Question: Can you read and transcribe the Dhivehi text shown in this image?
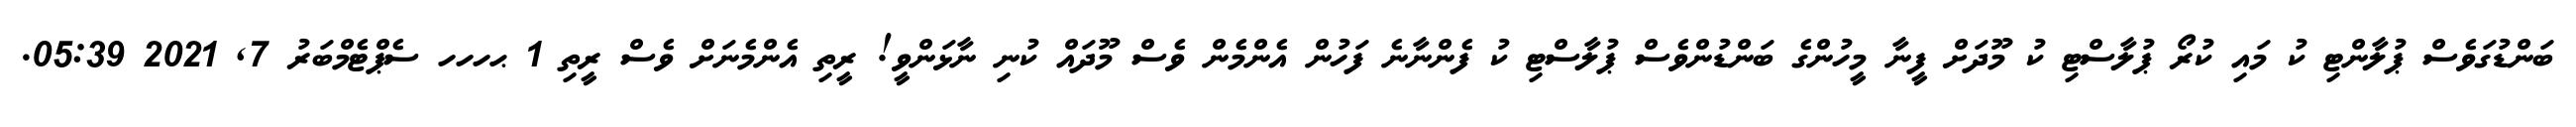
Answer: ބަންޑުގަވެސް ޕުލާންޓި ކު މައި ކުރޯ ޕުލާސްޓި ކު މޫދަށް ފީނާ މީހުންގެ ބަންޑުންވެސް ޕުލާސްޓި ކު ފެންނާނެ ފަހުން އެންމެން ވެސް މޫދައް ކުނި ނާޅަންވީ! ރީތި އެންމެނަށް ވެސް ރީތި 1 ޙހހހ ސެޕްޓެމްބަރު 7, 2021 05:39.